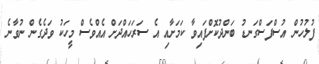
ފުލުހުން އުސްފަސްގަނޑު ބަންދުކޮށްފައިވާ ކަމަށާއި އެ ސަރަހައްދަށް އެއްވެސް މީހަކު ވަދެގެން ނުވާނެ